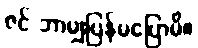
ဇင် ဘာမျှပြန်မပြောမိ။